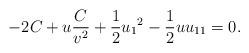
LaTeX: \begin{align*}-2C + u \frac{C}{v^2} + \frac{1}{2}{u_1}^2 - \frac{1}{2} uu_{11} = 0. \end{align*}